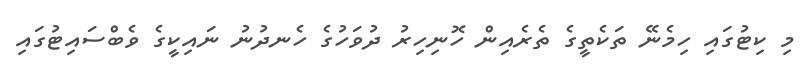
މި ކިޓުގައި ހިމެނޭ ތަކެތީގެ ތެރެއިން ހޮނިހިރު ދުވަހުގެ ހެނދުނު ނައިކީގެ ވެބްސައިޓުގައި